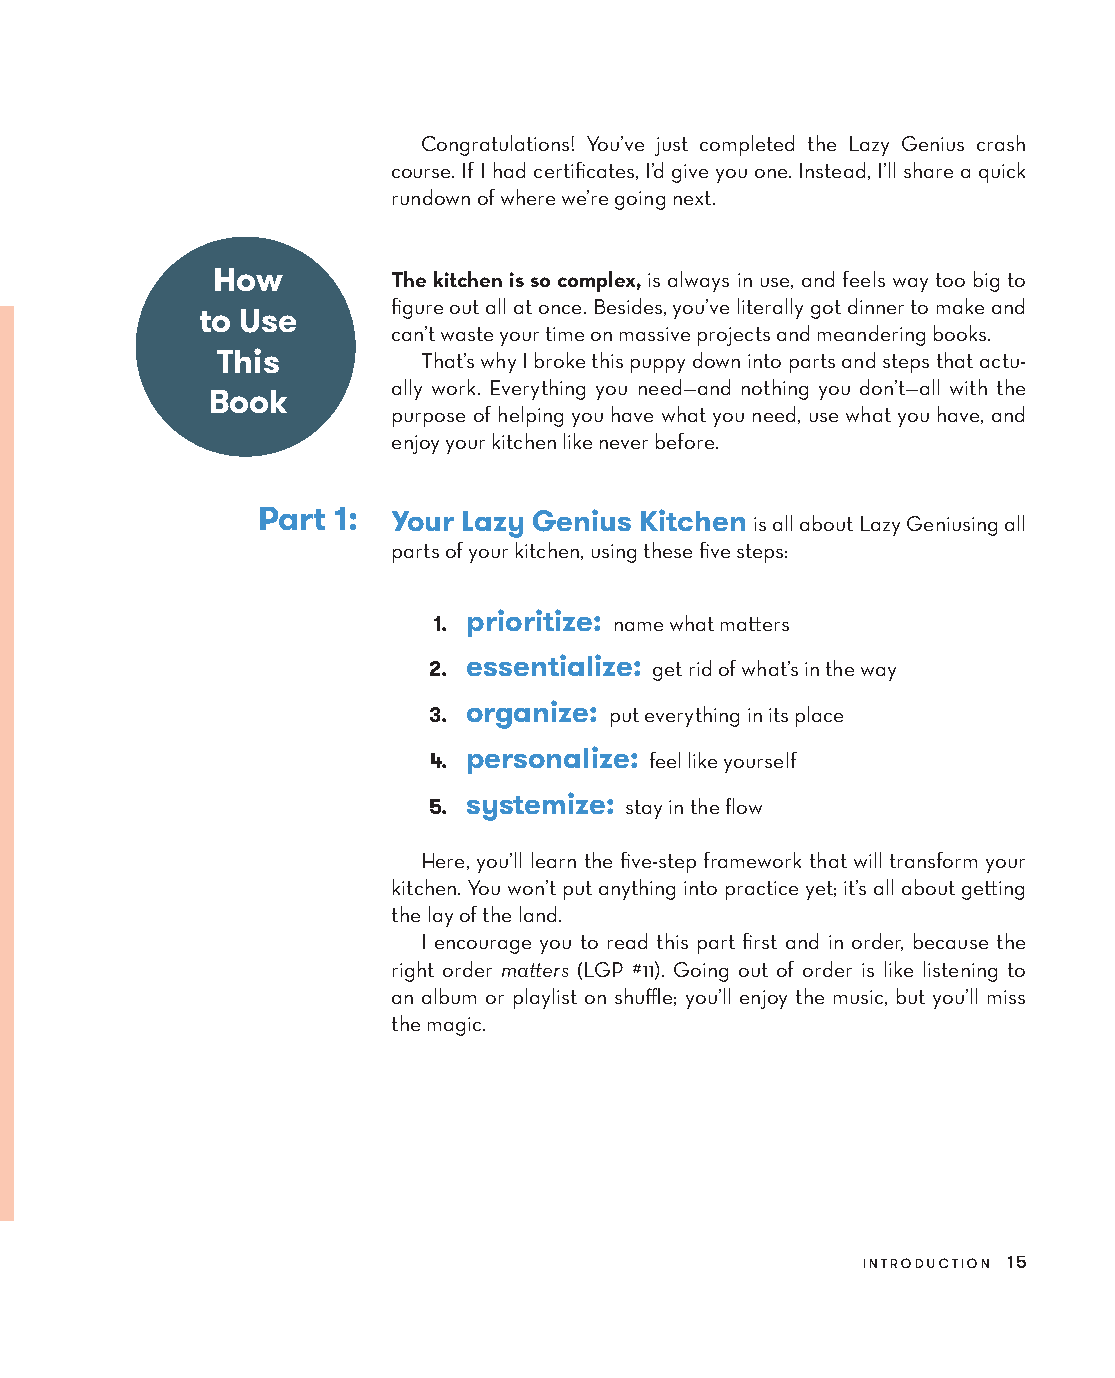
Congratulations! You’ve just completed the Lazy Genius crash
 course. If I had certificates, I’d give you one. Instead, I’ll share a quick
 rundown of where we’re going next.
 How         The kitchen is so complex, is always in use, and feels way too big to
 figure out all at once. Besides, you’ve literally got dinner to make and
 to Use
 can’t waste your time on massive projects and meandering books.
 This         That’s why I broke this puppy down into parts and steps that actu-
 ally work. Everything you need—and nothing you don’t—all with the
 Book
 purpose of helping you have what you need, use what you have, and
 enjoy your kitchen like never before.
 Part 1:  Your Lazy Genius Kitchen is all about Lazy Geniusing all
 parts of your kitchen, using these five steps:
 1. prioritize: name what matters
 2. essentialize: get rid of what’s in the way
 3. organize: put everything in its place
 4. personalize: feel like yourself
 5. systemize: stay in the flow
 Here, you’ll learn the five-step framework that will transform your
 kitchen. You won’t put anything into practice yet; it’s all about getting
 the lay of the land.
 I encourage you to read this part first and in order, because the
 right order matters (LGP #11). Going out of order is like listening to
 an album or playlist on shuffle; you’ll enjoy the music, but you’ll miss
 the magic.
 introduction 15
 AAddaacc__99778800552255665533994433__aallll__55pp__rr22..iinndddd 1155 1100//2222//2211 99::1177 AAMM